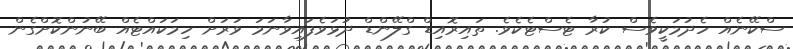
ސްކޭނެއް ހެދުމަކީވެސް ކުރާ ޓެސްޓެކެވެ. ތައިރޮއިޑް ގްލޭންޑް ދުޅަވެފައިވާނަމަ ވަރަށް ހިމަކައްޓެއް ބޭނުންކޮށްގެން